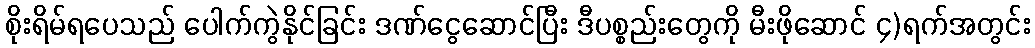
စိုးရိမ်ရပေသည် ပေါက်ကွဲနိုင်ခြင်း ဒဏ်ငွေဆောင်ပြီး ဒီပစ္စည်းတွေကို မီးဖိုဆောင် ၄)ရက်အတွင်း